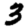
Digit: 3